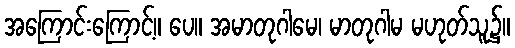
အကြောင်းကြောင့်။ ပေ။ အမာတုဂါမေ၊ မာတုဂါမ မဟုတ်သူ၌။